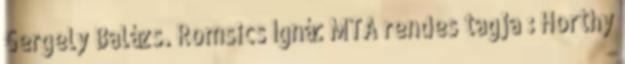
Gergely Balázs. Romsics Ignác MTA rendes tagja : Horthy